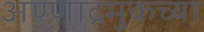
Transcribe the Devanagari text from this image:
अण्णाद्रमुकच्या